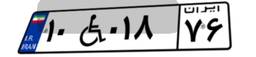
۱۰W۰۱۸۷۶